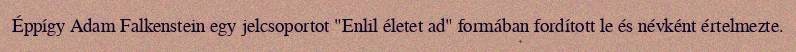
Éppígy Adam Falkenstein egy jelcsoportot "Enlil életet ad" formában fordított le és névként értelmezte.